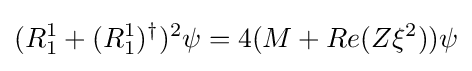
{\begin{aligned}(R_{1}^{1}+(R_{1}^{1})^{\dagger })^{2}\psi &=4(M+Re(Z\xi ^{2}))\psi \\\end{aligned}}